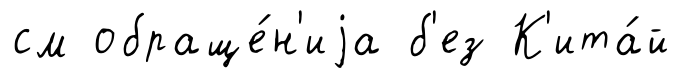
см обраще́н'иjа б'ез К'ита́й